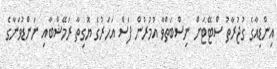
އިންޑިއާގެ ގުޖުރާތު ސްޓޭޓަށް ނިސްބަތްވާ އުމުރުން ފަސް އަހަރުގެ ޔޮގިތާ ރަމޭޝްބާއި ނަންޑުވަނާގެ